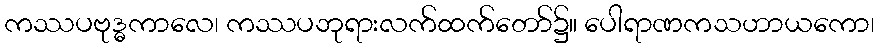
ကဿပဗုဒ္ဓကာလေ၊ ကဿပဘုရားလက်ထက်တော်၌။ ပေါရာဏကသဟာယကော၊